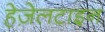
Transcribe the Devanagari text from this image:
हेज़ेलटाइन